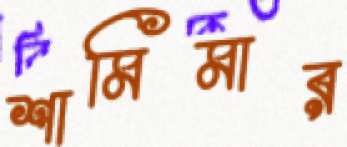
শামিমার